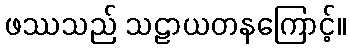
ဖဿသည် သဠာယတနကြောင့်။